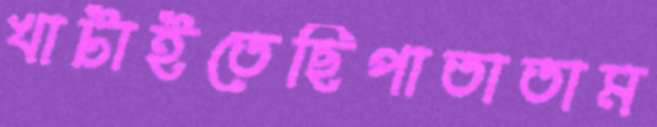
খাটাইতেছিপাতাতাম